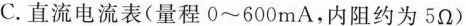
C.直流电流表(量程0~600mA，内阻约为5Ω)